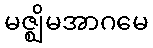
မဇ္ဈိမအာဂမေ